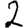
Digit: 2